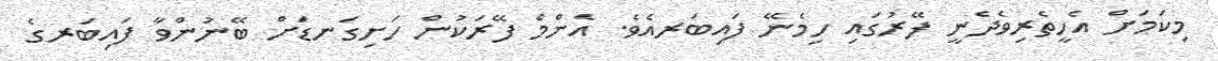
މިކަމަށް އެހީތެރިވެދެނީ ފޭރުގައި ހިމެނޭ ފައިބަރއެވެ. އެންމެ ފޭރަކުން ހަށިގަނޑަށް ބޭނުންވާ ފައިބަރގެ